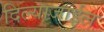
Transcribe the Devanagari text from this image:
दिल्याजाईल